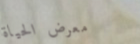
معرض الحياة